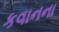
કવાનના